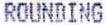
ROUNDING